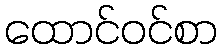
ထောင်ဝင်စာ